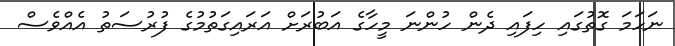
ނަހަމަ ގޮތުގައި ހިފައި ދެން ހުންނަ މީހާގެ އަބުރަށް އަރައިގަތުމުގެ ފުރުސަތު އެއްވެސް